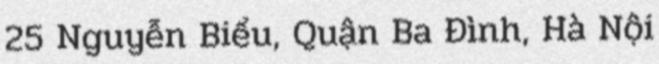
25 Nguyễn Biểu, Quận Ba Đình, Hà Nội